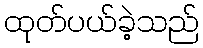
ထုတ်ပယ်ခဲ့သည်